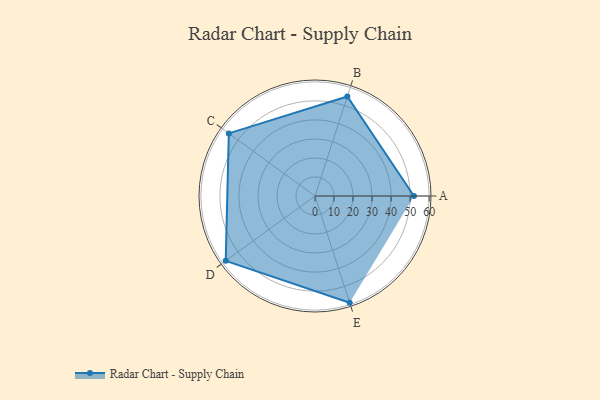
{"axis": {"x": "Skill", "y": "Score"}, "legend": ["Profile"], "data": [{"x": "A", "y": 52.0, "type": "Profile"}, {"x": "B", "y": 55.0, "type": "Profile"}, {"x": "C", "y": 56.0, "type": "Profile"}, {"x": "D", "y": 58.0, "type": "Profile"}, {"x": "E", "y": 59.0, "type": "Profile"}]}